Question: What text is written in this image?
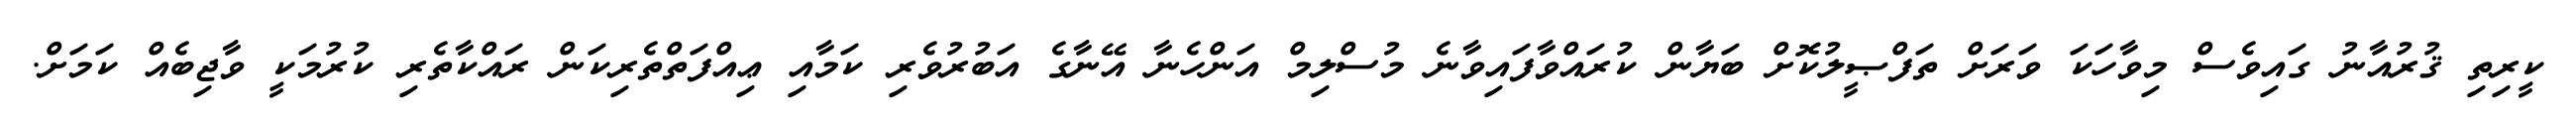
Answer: ކީރިތި ޤުރުއާނު ގައިވެސް މިވާހަކަ ވަރަށް ތަފްޞީލުކޮށް ބަޔާން ކުރައްވާފައިވާނެ މުސްލިމް އަންހެނާ އޭނާގެ އަބުރުވެރި ކަމާއި ޢިއްފަތްތެރިކަން ރައްކާތެރި ކުރުމަކީ ވާޖިބެއް ކަމަށް.